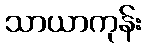
သာယာကုန်း